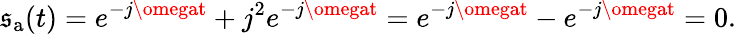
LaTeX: \mathfrak{s}_{\mathrm{{a}}}(t)=e^{-j\omegat}+j^{2}e^{-j\omegat}=e^{-j\omegat}-e^{-j\omegat}=0.